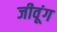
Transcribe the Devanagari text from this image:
जीवूंग